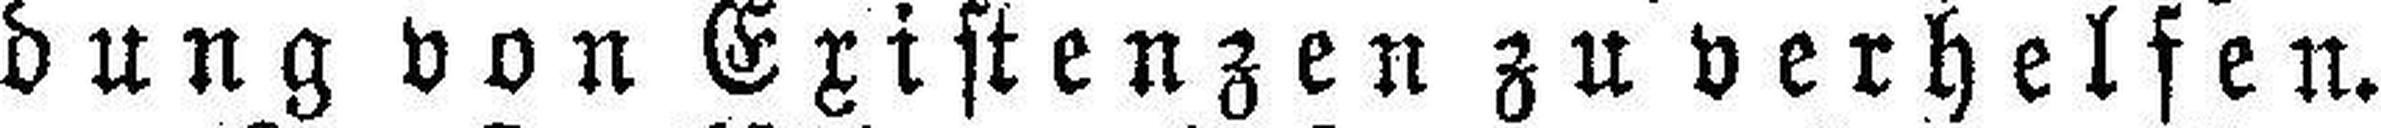
dung von Existenzen zu verhelfen.